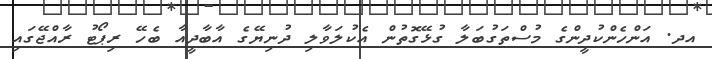
އދ. އަންހެންކުދީންގެ މުސްތަގުބަލާ ގުޅޭގޮތުން އެކުލަވާލި ދުނިޔޭގެ އާބާދީއާ ބެހޭ ރިޕޯޓު ރާއްޖޭގައި